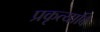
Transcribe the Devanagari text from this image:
प्रकृत्यादि